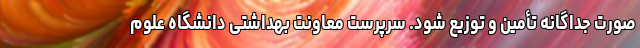
صورت جداگانه تأمین و توزیع شود. سرپرست معاونت بهداشتی دانشگاه علوم